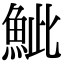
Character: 𩶆